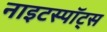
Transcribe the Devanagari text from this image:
नाइटस्पॉट्स